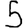
Digit: 5